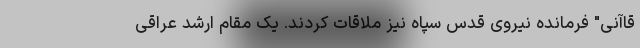
قاآنی" فرمانده نیروی قدس سپاه نیز ملاقات کردند. یک مقام ارشد عراقی